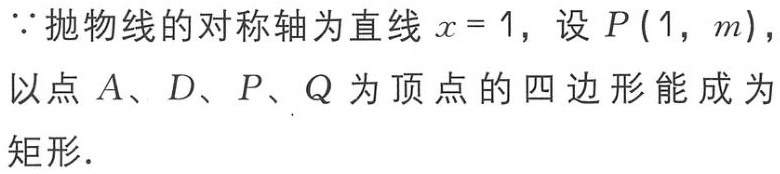
\(\because\)抛物线的对称轴为直线\(x = 1\)，设\(P(1,m)\)，
以点\(A、D、P、Q\)为顶点的四边形能成为矩形．